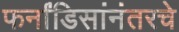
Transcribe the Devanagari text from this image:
फर्नांडिसांनंतरचे